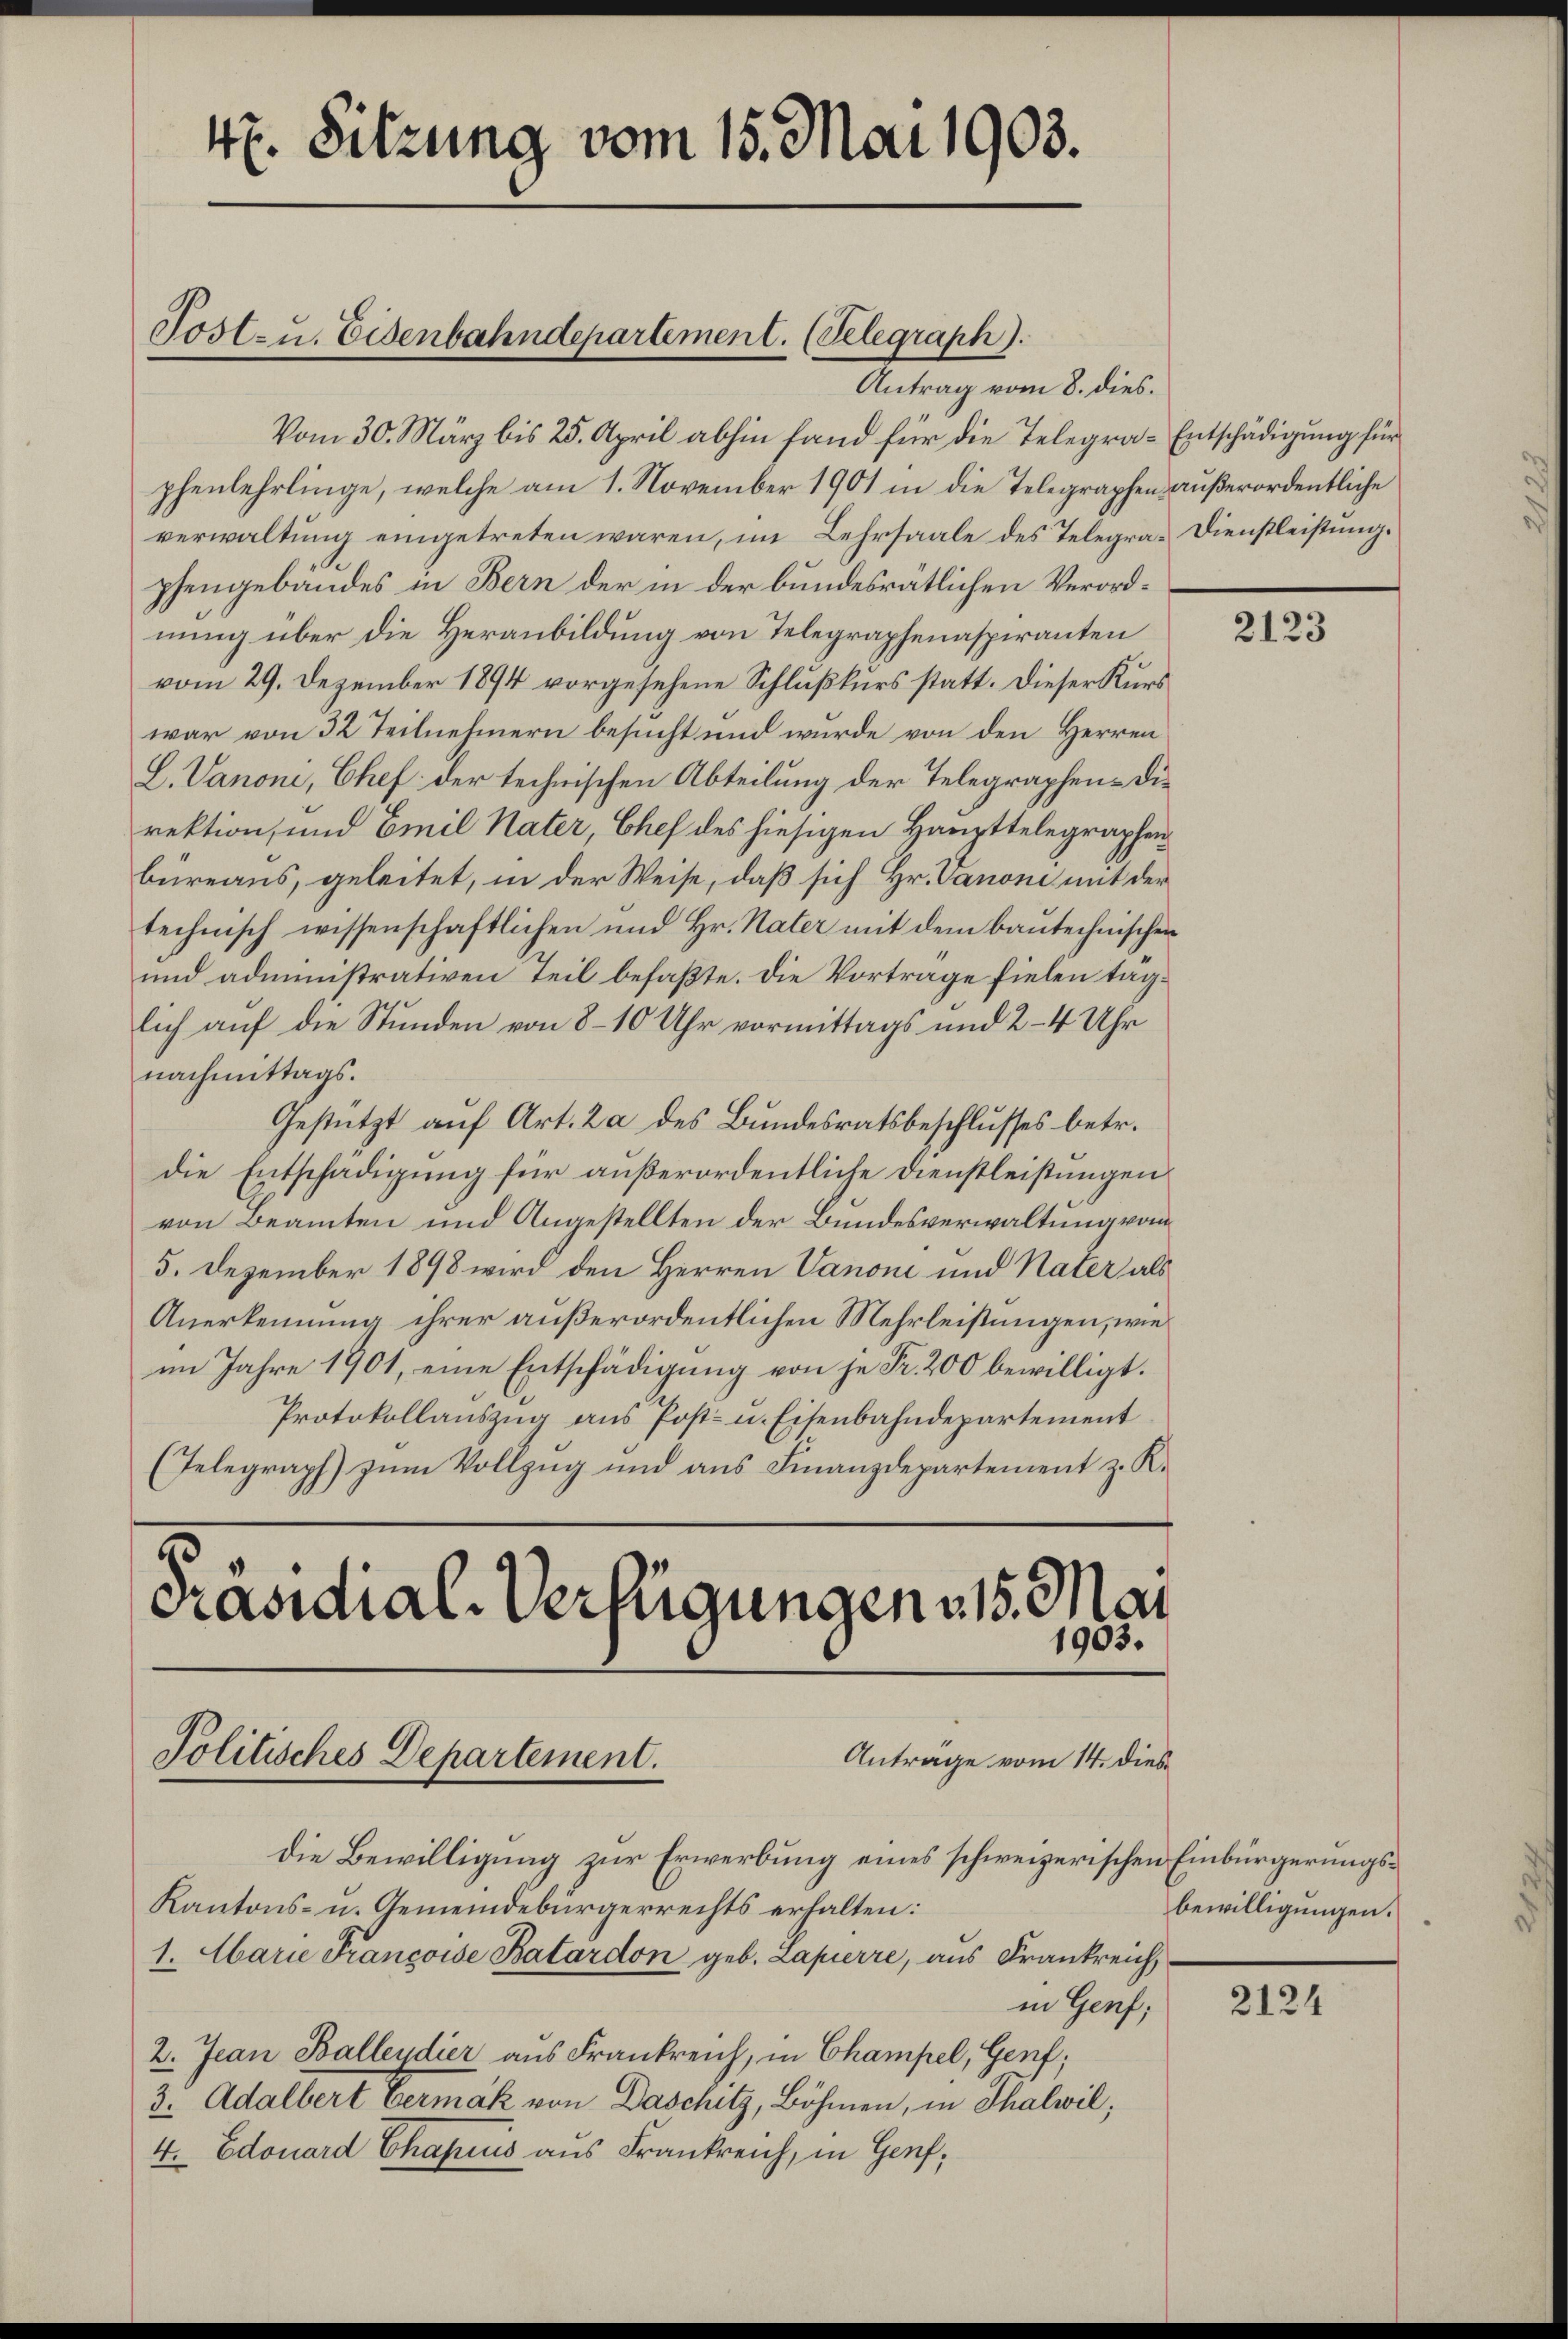
47. Sitzung vom 15. Mai 1903.

Antrag vom 8. dies.
Vom 30. März bis 25. April abhin fand für die Telegra-Entschädigung für
phenlehrlinge, welche am 1. November 1901 in die Telegraphen außerordentliche
verwaltung eingetreten wären, im Lehrsaale des Telegra-Dienstleistung.
phengebäudes in Bern der in der bundesrätlichen Verordnung über die Heranbildung von Telegraphenaspiranten
vom 29. Dezember 1894 vorgesehene Schlußkurs statt. Dieser Kurs
war von 32 Teilnehmern besucht und wurde von den Herren
L. Vanoni, Chef der technischen Abteilung der Telegraphen- Die
rektion, und Emil Nater, Chef des hiesigen Haupttelegraphen
bureaus, geleitet, in der Weise, daß sich Hr. Vanoni mit der
technisch wissenschaftlichen und Hr. Nater mit dem bautechnischen
und administrativen Teil befaßte. Die Vortrage fielen taglich auf die Stunden von 8-10 Uhr vormittags und 2-4 Uhr
nachmittags.
Gestützt auf Art. La des Bundesratsbeschlusses betr.
die Entschädigung für außerordentliche Dienstleistungen
von Beamten und Angestellten der Bundesverwaltung vom
5. Dezember 1898 wird den Herren Vanoni und Nater als
Anerkennung ihrer außerordentlichen Mehrleistungen, wie
im Jahre 1901, eine Entschädigung von je Fr. 200 bewilligt.
Protokollauszug aus Post- u. Eisenbahndepartement
(Telegraph zum Vollzug und aus Finanzdepartement z. K.

Tostzu. Eisenbahndepartement. (Telegraph).

73
Präsidial-Verfügungen 315. Mai
Anträge vom 14. dies
Politisches Departement.

die Bewilligung zur Erwerbung eines schweizerischen Einbürgerungs¬
Kantons- u. Gemeindebürgerrechts erhalten:
in Genf;
2. Jean Ballendier aus Frankreich, in Champel, Genf;
3. Adalbert Vermäk von Daschitz, Böhmen, in Thalwil,
4. Edouard Chapius aus Frankreich, in Genf,

1. Marie Francoise Batardon geb. Lapierre, aus Frankreich,

1903.

2123

bewilligungen.

2124